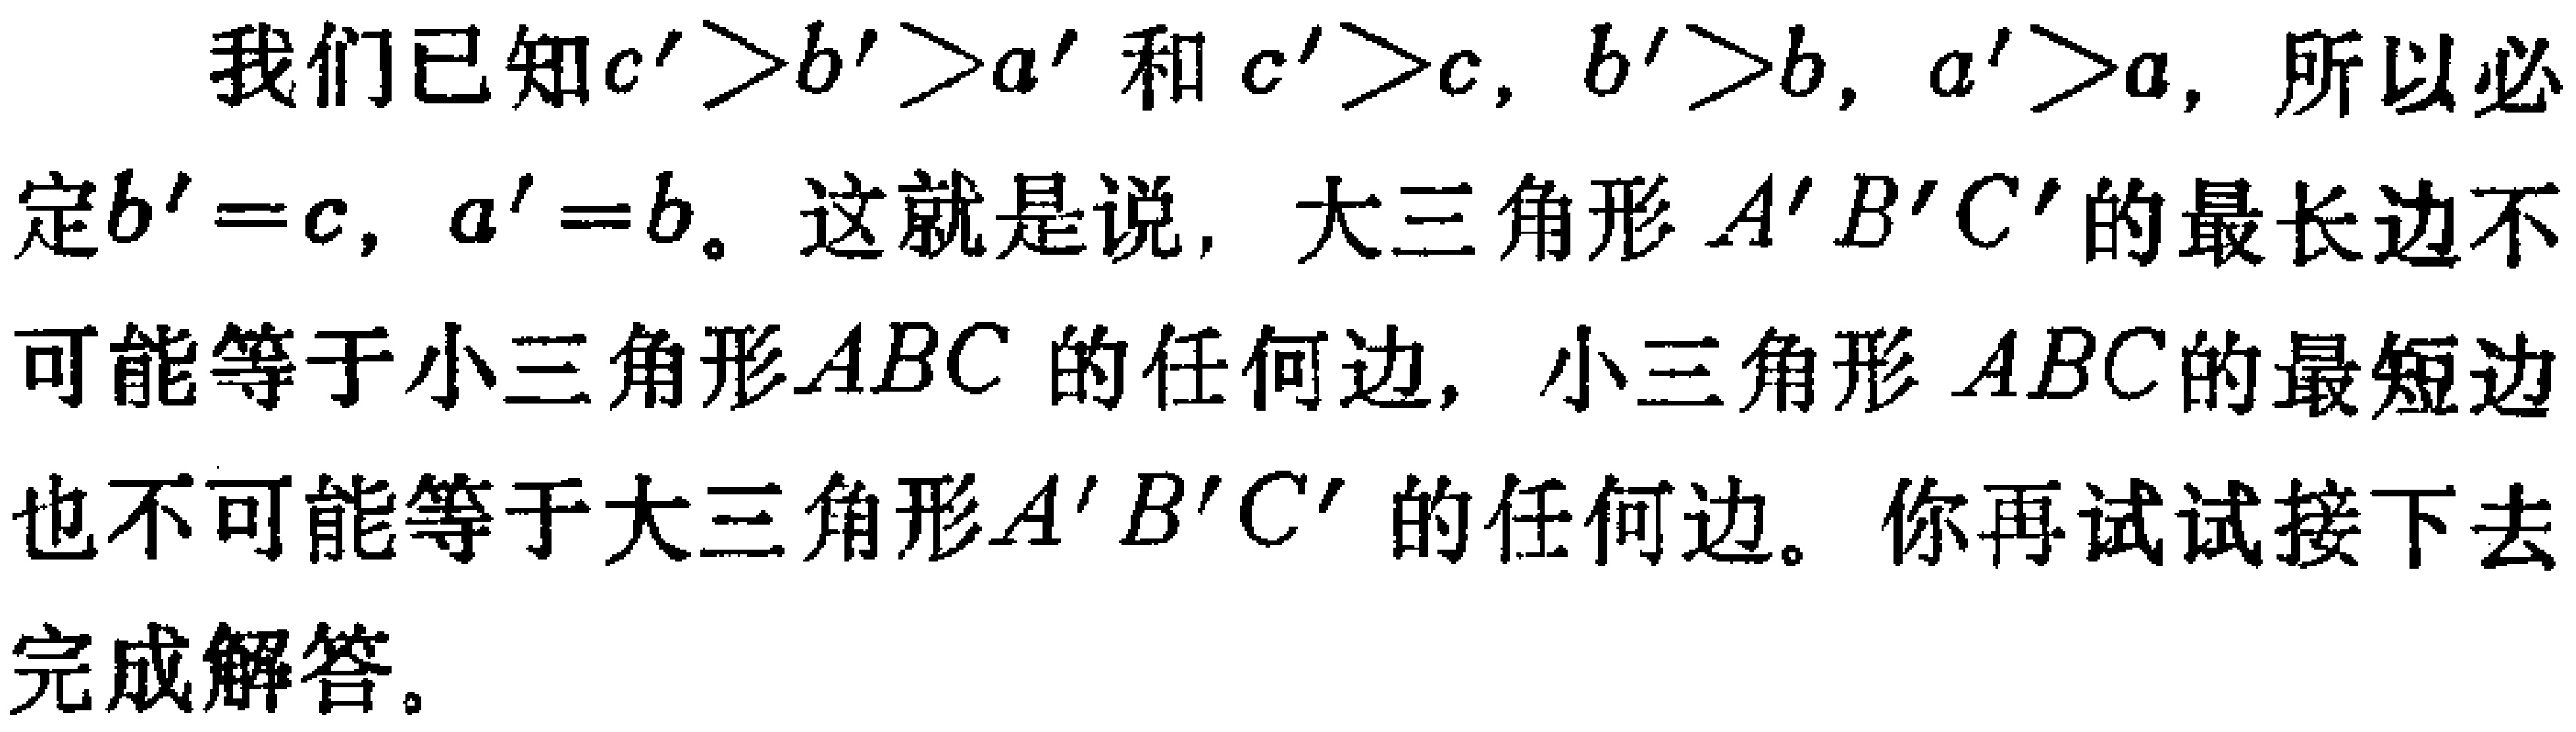
我们已知$c'>b'>a'$和$c'>c$,$b'>b$,$a'>a$, 所以必定$b' = c$,$a' = b$。这就是说, 大三角形$A'B'C'$的最长边不可能等于小三角形$ABC$的任何边, 小三角形$ABC$的最短边也不可能等于大三角形$A'B'C'$的任何边。你再试试接下去完成解答。